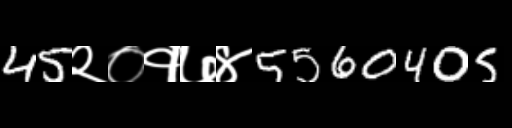
Text: 45२०१७४5560405